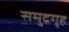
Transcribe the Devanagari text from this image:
समुद्रगृह